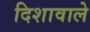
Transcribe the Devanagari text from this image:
दिशावाले